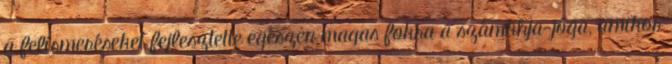
a felismeréseket fejlesztette egészen magas fokra a számkhja-jóga, amikor